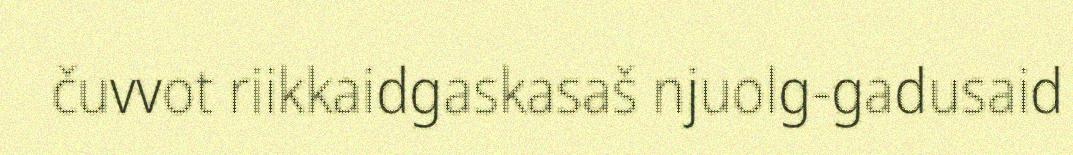
čuvvot riikkaidgaskasaš njuolg-gadusaid